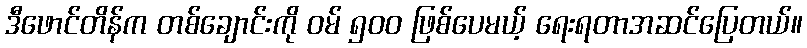
ဒီဖောင်တိန်က တစ်ချောင်းကို ဝမ် ၅၀၀ ဖြစ်ပေမယ့် ရေးရတာအဆင်ပြေတယ်။